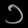
Digit: ၁